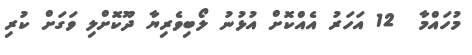
މުހައްމާ  12 އަހަރު އެއްކޮށް އުޅުނު ލޯބިވެރިޔާ ދޫކޮށްލި ވަގަށް ކުރި